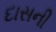
દાસની